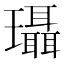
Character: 𰢚